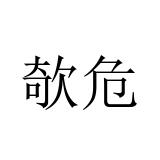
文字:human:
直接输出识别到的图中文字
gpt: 欹危